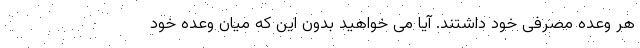
هر وعده مصرفی خود داشتند. آیا می خواهید بدون این که میان وعده خود